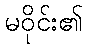
မဝိုင်း၏